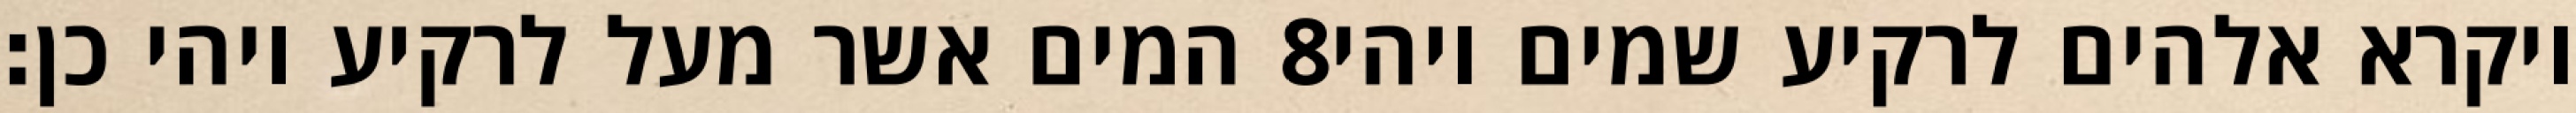
המים אשר מעל לרקיע ויהי כן׃ ‎8‏ ויקרא אלהים לרקיע שמים ויהי